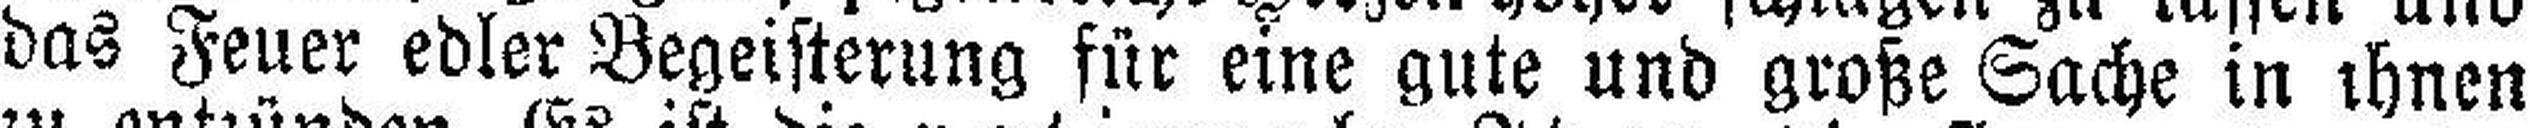
das Feuer edler Begeisterung für eine gute und große Sache in ihnen